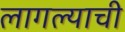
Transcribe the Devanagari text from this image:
लागल्याची